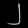
Digit: ၂